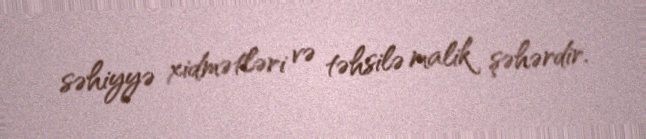
səhiyyə xidmətləri və təhsilə malik şəhərdir.